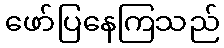
ဖော်ပြနေကြသည်